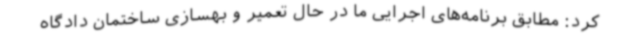
کرد: مطابق برنامه‌های اجرایی ما در حال تعمیر و بهسازی ساختمان دادگاه